Lunatic asylums United Prov. 1922-30 - 1922-1930
Year: 1922
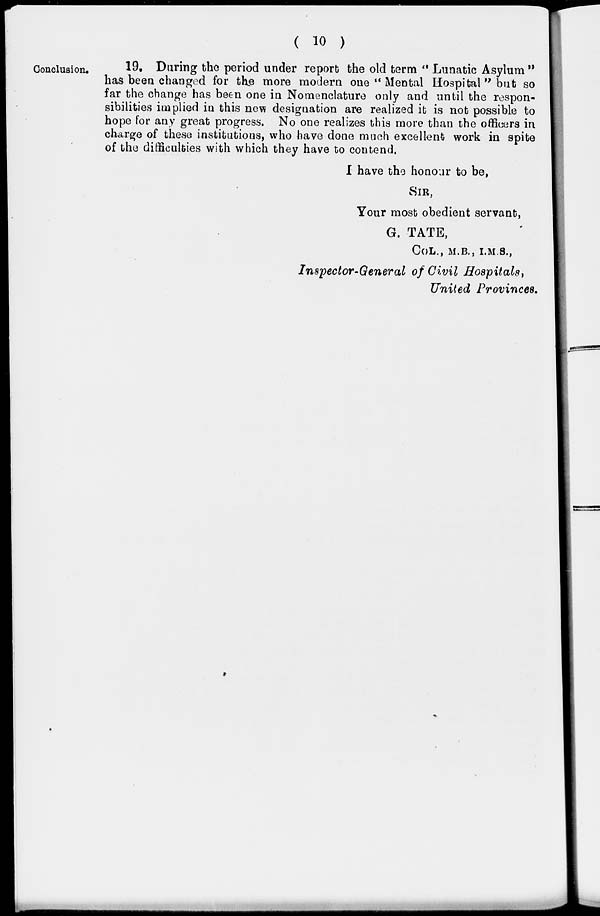
( 10 )
Conclusion.
19. During the period under report the old term " Lunatic Asylum "
has been changed for the more modern one " Mental Hospital " but so
far the change has been one in Nomenclature only and until the respon-
sibilities implied in this new designation are realized it is not possible to
hope for any great progress. No one realizes this more than the officers in
charge of these institutions, who have done much excellent work in spite
of the difficulties with which they have to contend.
I have the honour to be,
SIR,
Your most obedient servant,
G. TATE,
COL., M.B., I.M.S.,
Inspector-General of Civil Hospitals,
United Provinces.